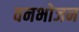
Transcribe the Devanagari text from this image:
वनभोजन